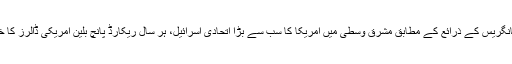
امریکی کانگریس کے ذرائع کے مطابق مشرق وُسطیٰ میں امریکا کا سب سے بڑا اتحادی اسرائیل، ہر سال ریکارڈ پانچ بلین امریکی ڈالرز کا خواہاں ہے۔